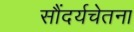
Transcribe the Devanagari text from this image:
सौंदर्यचेतना